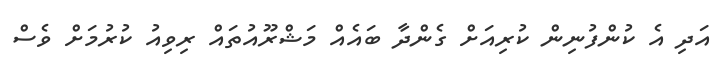
އަދި އެ ކުންފުނިން ކުރިއަށް ގެންދާ ބައެއް މަޝްރޫއުތައް ރިވިއު ކުރުމަށް ވެސް